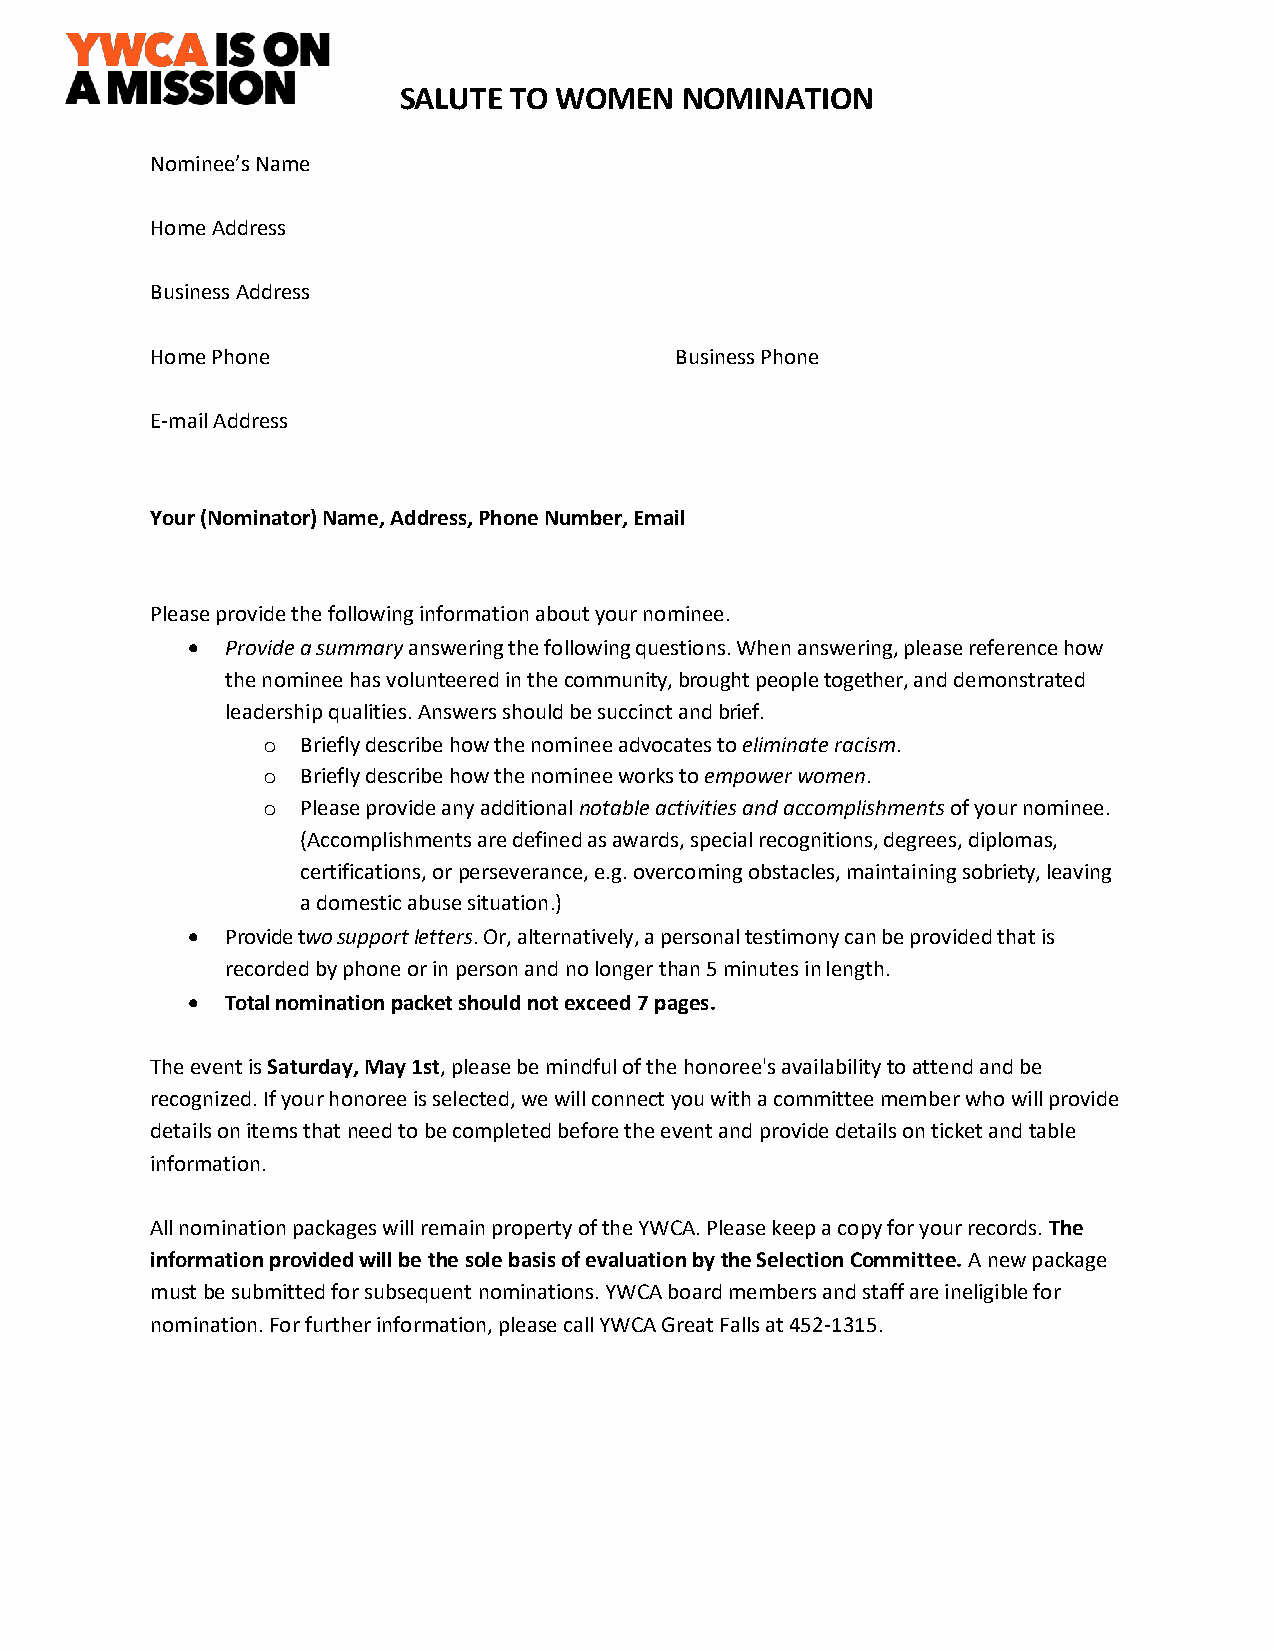
SALUTE  TO WOMEN   NOMINATION
 Nominee’s Name
 Home Address
 Business Address
 Home Phone                         Business Phone
 E-mail Address
 Your (Nominator) Name, Address, Phone Number, Email
 Please provide the following information about your nominee.
 •  Provide a summary answering the following questions. When answering, please reference how
 the nominee has volunteered in the community, brought people together, and demonstrated
 leadership qualities. Answers should be succinct and brief.
 o  Briefly describe how the nominee advocates to eliminate racism.
 o  Briefly describe how the nominee works to empower women.
 o  Please provide any additional notable activities and accomplishments of your nominee.
 (Accomplishments are defined as awards, special recognitions, degrees, diplomas,
 certifications, or perseverance, e.g. overcoming obstacles, maintaining sobriety, leaving
 a domestic abuse situation.)
 •  Provide two support letters. Or, alternatively, a personal testimony can be provided that is
 recorded by phone or in person and no longer than 5 minutes in length.
 •  Total nomination packet should not exceed 7 pages.
 The event is Saturday, May 1st, please be mindful of the honoree's availability to attend and be
 recognized. If your honoree is selected, we will connect you with a committee member who will provide
 details on items that need to be completed before the event and provide details on ticket and table
 information.
 All nomination packages will remain property of the YWCA. Please keep a copy for your records. The
 information provided will be the sole basis of evaluation by the Selection Committee. A new package
 must be submitted for subsequent nominations. YWCA board members and staff are ineligible for
 nomination. For further information, please call YWCA Great Falls at 452-1315.